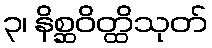
၃၊ နိစ္ဆဝိတ္ထိသုတ်